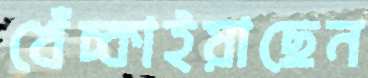
খেঁচ্‌কাইয়াছেন